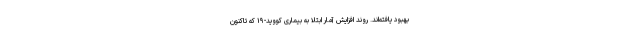
بهبود یافته‌اند. روند افزایش آمار ابتلا به بیماری کووید-۱۹ که تاکنون